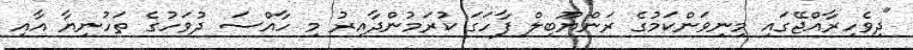
"ދިވެހިރާއްޖޭގައި މިނިވަންކަމުގެ ރަންޔޫބިލް ފާހަގަ ކުރަމުންދާއިރު މި ހާއްސަ ދުވަހުގެ ތަހުނިޔާ އާއި